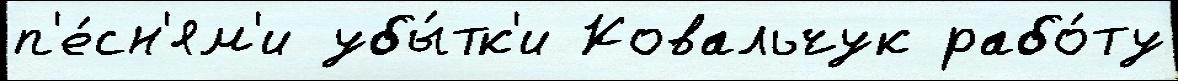
п'е́сн'ям'и убы́тк'и Ковальчук рабо́ту